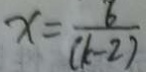
x = \frac { 6 } { ( k - 2 ) }